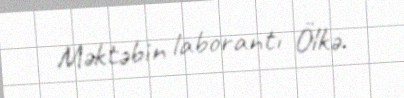
Məktəbin laborantı Ölkə.